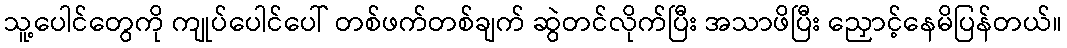
သူ့ပေါင်တွေကို ကျုပ်ပေါင်ပေါ် တစ်ဖက်တစ်ချက် ဆွဲတင်လိုက်ပြီး အသာဖိပြီး ညှောင့်နေမိပြန်တယ်။